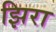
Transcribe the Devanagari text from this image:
झिरा